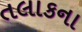
તલાકના